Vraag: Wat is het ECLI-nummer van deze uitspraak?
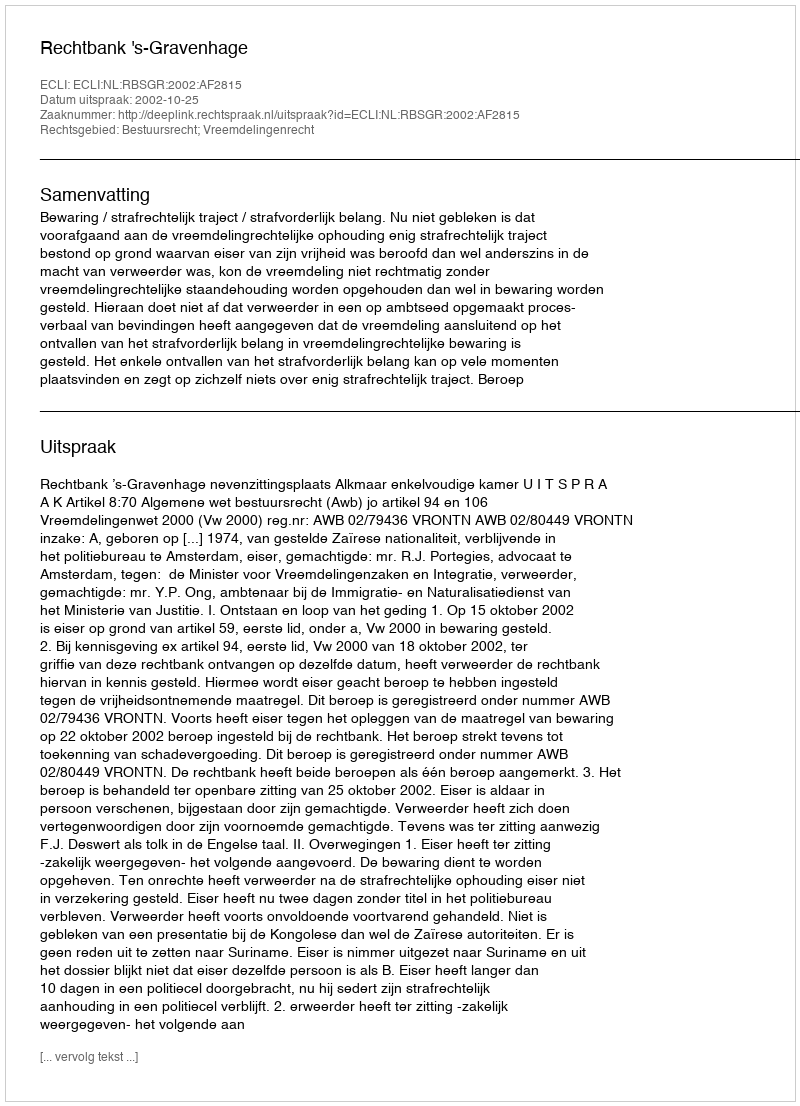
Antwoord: ECLI:NL:RBSGR:2002:AF2815